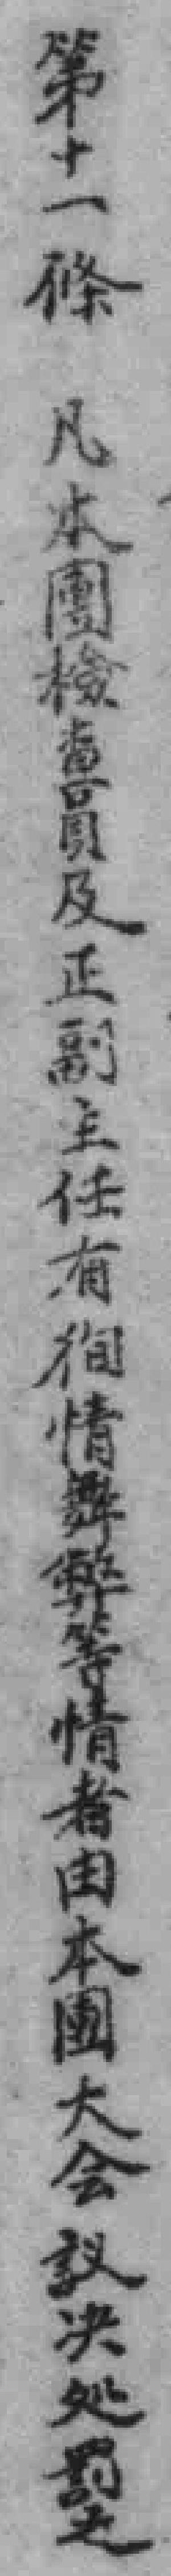
第十一條 凡本團檢查員及正副主任有徇情舞弊等情者由本團大會議决処罰之